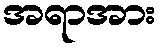
အရာအား